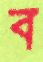
ব